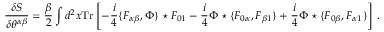
\frac { \delta S } { \delta \theta ^ { \alpha \beta } } = \frac { \beta } { 2 } \int d ^ { 2 } x { \mathrm { T r } } \left[ - \frac i 4 \{ F _ { \alpha \beta } , \Phi \} \star F _ { 0 1 } - \frac i 4 \Phi \star \{ F _ { 0 \alpha } , F _ { \beta 1 } \} + \frac i 4 \Phi \star \{ F _ { 0 \beta } , F _ { \alpha 1 } \} \right] \, .